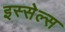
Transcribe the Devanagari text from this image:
इस्सेल्स